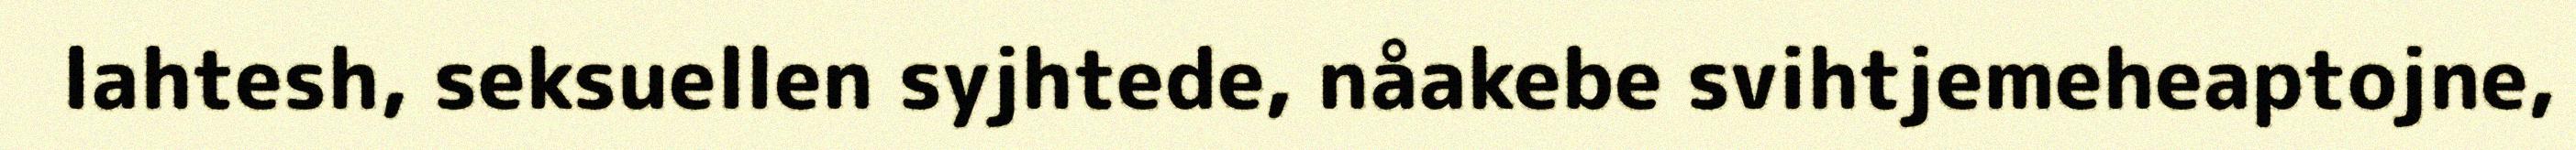
lahtesh, seksuellen syjhtede, nåakebe svihtjemeheaptojne,